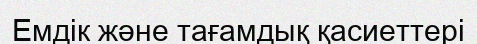
Емдік және тағамдық қасиеттері